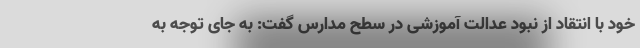
خود با انتقاد از نبود عدالت آموزشی در سطح مدارس گفت: به جای توجه به